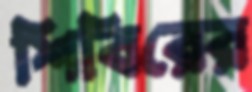
শিবিরের